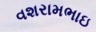
વશરામભાઇ